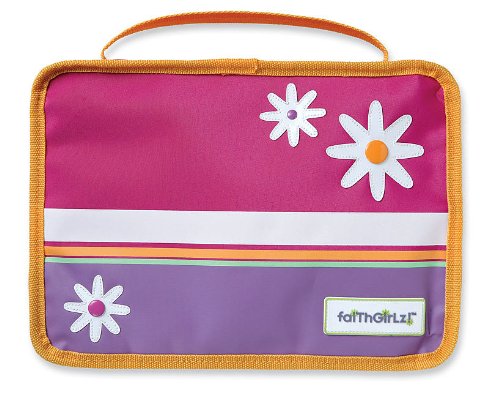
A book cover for Faithgirlz! Book and Bible Cover Pink Medium; Zondervan; Christian Books & Bibles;